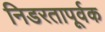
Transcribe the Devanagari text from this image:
निडरतापूर्वक